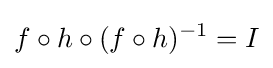
f\circ h\circ (f\circ h)^{-1}=I